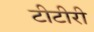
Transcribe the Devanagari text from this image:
टीटीरी